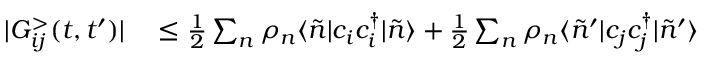
\begin{array} { r l } { | G _ { i j } ^ { > } ( t , t ^ { \prime } ) | } & { { } \leq \frac { 1 } { 2 } \sum _ { n } \rho _ { n } \langle \Tilde { n } | c _ { i } c _ { i } ^ { \dagger } | \Tilde { n } \rangle + \frac { 1 } { 2 } \sum _ { n } \rho _ { n } \langle \Tilde { n } ^ { \prime } | c _ { j } c _ { j } ^ { \dagger } | \Tilde { n } ^ { \prime } \rangle } \end{array}